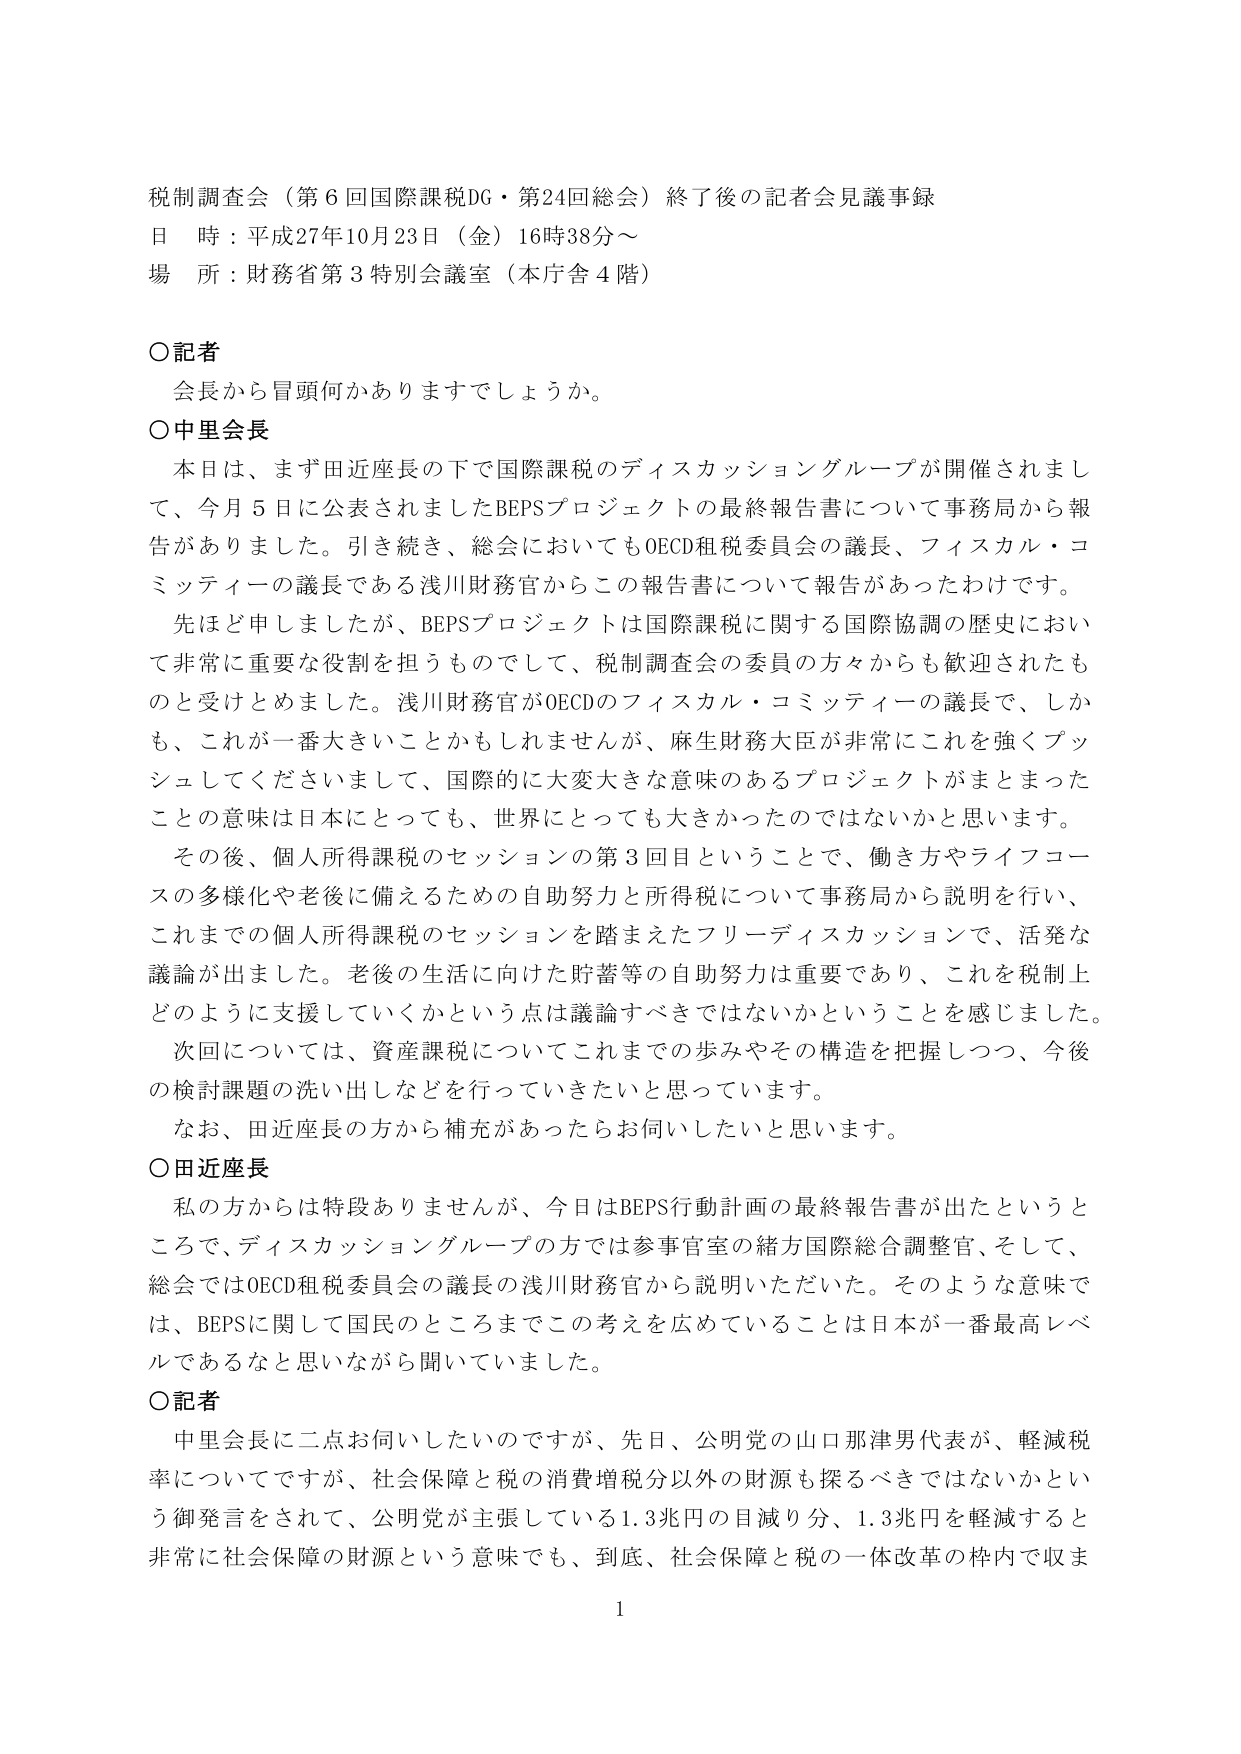
税制調査会（第6回国際課税DG・第24回総会）終了後の記者会見議事録
日 時：平成27年10月23日（金）16時38分～
場 所：財務省第3特別会議室（本庁舎4階）

○記者
　会長から冒頭何かありますでしょうか。

○中里会長
　本日は、まず田近座長の下で国際課税のディスカッショングループが開催されまして、今月5日に公表されましたBEPSプロジェクトの最終報告書について事務局から報告がありました。引き続き、総会においてもOECD租税委員会の議長、フィスカル・コミッティーの議長である浅川財務官からこの報告書について報告があったわけです。
　先ほど申しましたが、BEPSプロジェクトは国際課税に関する国際協調の歴史において非常に重要な役割を担うものとして、税制調査会の委員の方々からも歓迎されたものと受けとめました。浅川財務官がOECDのフィスカル・コミッティーの議長で、しかも、これが一番大きいことかもしれませんが、麻生財務大臣が非常にこれを強くプッシュしてくださいまして、国際的に大変大きな意味のあるプロジェクトがまとまったことの意味は日本にとっても、世界にとっても大きかったのではないかと思います。
　その後、個人所得課税のセッションの第3回目ということで、働き方やライフコースの多様化や老後に備えるための自助努力と所得税について事務局から説明を行い、これまでの個人所得課税のセッションを踏まえたフリーディスカッションで、活発な議論が出ました。老後の生活に向けた貯蓄等の自助努力は重要であり、これを税制上どのように支援していくかという点は議論すべきではないかということを感じました。
　次回については、資産課税についてこれまでの歩みやその構造を把握しつつ、今後の検討課題の洗い出しなどを行っていきたいと思っています。
　なお、田近座長の方から補充があったらお伺いしたいと思います。

○田近座長
　私の方からは特段ありませんが、今日はBEPS行動計画の最終報告書が出たということで、ディスカッショングループの方では参事官室の緒方国際総合調整官、そして、総会ではOECD租税委員会の議長の浅川財務官から説明いただいた。そのような意味では、BEPSに関して国民のところまでこの考えを広めていることは日本が一番最高レベルであるなと思いながら聞いていました。

○記者
　中里会長に二点お伺いしたいのですが、先日、公明党の山口那津男代表が、軽減税率についてですが、社会保障と税の消費増税分以外の財源も探るべきではないかという御発言をされて、公明党が主張している1.3兆円の目減り分、1.3兆円を軽減すると非常に社会保障の財源という意味でも、到底、社会保障と税の一体改革の枠内で収ま

1